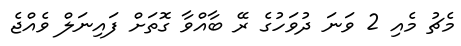
މެޗު މެއި 2 ވަނަ ދުވަހުގެ ރޭ ބާއްވާ ގޮތަށް ފައިނަލް ވެއްޖެ